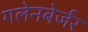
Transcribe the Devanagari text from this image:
गलेनबेर्जर